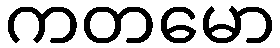
ကတမော